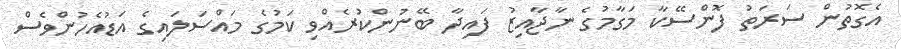
އެގޮތުން ސަރަތު ފޮންސޭކާ މަގާމުގެ ނާޖާއިޒު ފައިދާ ބޭނުންކުރެއްވި ކަމުގެ މައްސަލައިގެ އަޑުއެހުންވެސް